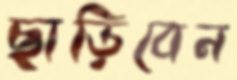
ছাড়িবেন